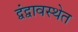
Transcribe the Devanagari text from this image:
द्वंद्वावस्थेत